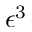
\epsilon ^ { 3 }